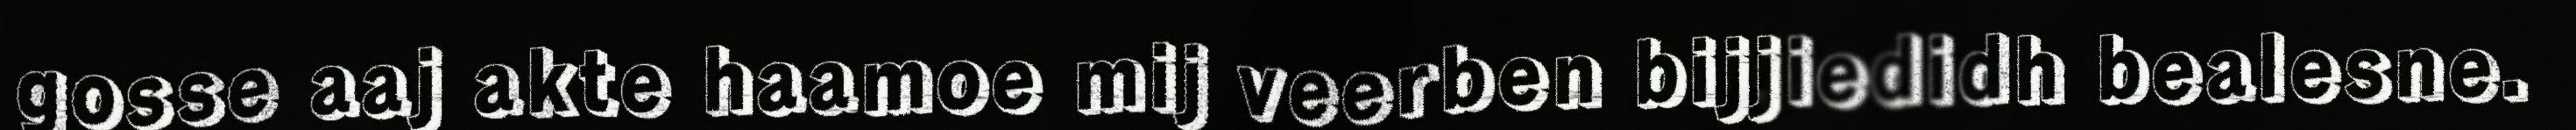
gosse aaj akte haamoe mij veerben bijjiedidh bealesne.